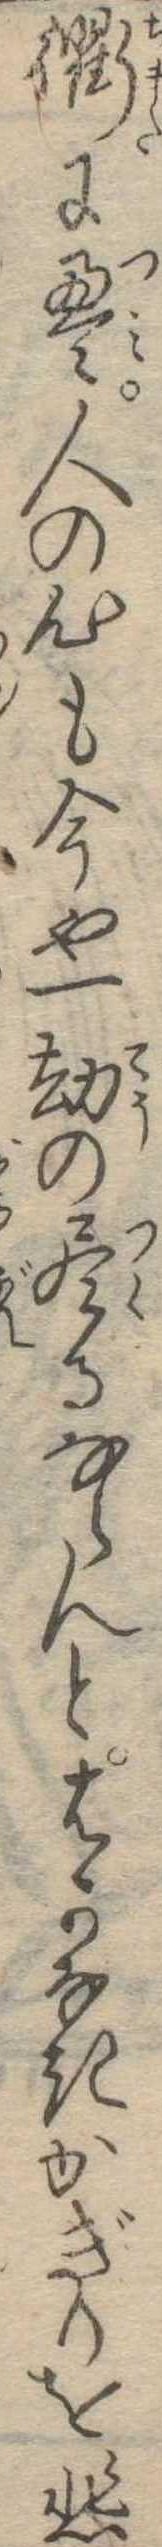
衢に畳人の心も今や一劫の尽るならんとはかなきかぎりを悲